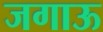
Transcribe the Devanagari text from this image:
जगाऊ